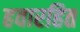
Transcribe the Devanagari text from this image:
हवारहित